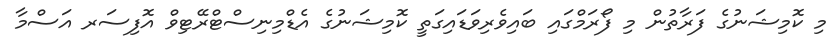
މި ކޮމިޝަނުގެ ފަރާތުން މި ފޯރަމްގައި ބައިވެރިވަޑައިގަތީ ކޮމިޝަނުގެ އެޑްމިނިސްޓްރޭޓިވް އޮފިސަރ އަސްމާ